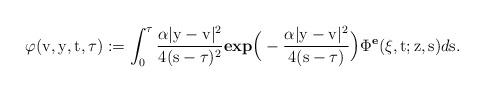
LaTeX: \begin{align*}\varphi(\mathrm{v},\mathrm{y},\mathrm{t}, \tau) := \displaystyle\int_{0}^{\tau}\dfrac{\alpha |\mathrm{y}-\mathrm{v}| ^2}{4(\mathrm{s}-\tau)^2}\textbf{exp}\Big(-\dfrac{\alpha|\mathrm{y}-\mathrm{v}| ^2}{4(\mathrm{s}-\tau)}\Big)\Phi^{\textbf{e}}(\xi,\mathrm{t};\mathrm{z},\mathrm{s})d\mathrm{s}.\end{align*}